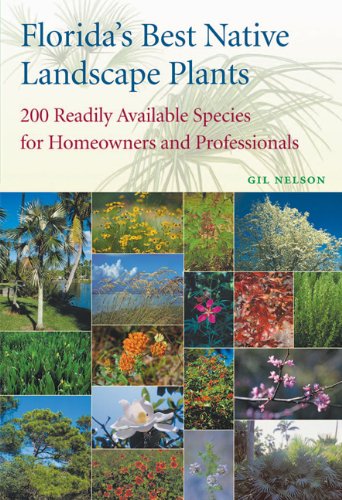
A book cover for Florida's Best Native Landscape Plants: 200 Readily Available Species for Homeowners and Professionals; Gil Nelson; Crafts, Hobbies & Home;